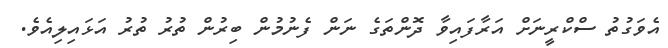
އެވަގުތު ސްކްރީނަށް އަރާފައިވާ ދޮންތަގެ ނަން ފެނުމުން ބިރުން ތުރު ތުރު އަޅައިލިއެވެ.